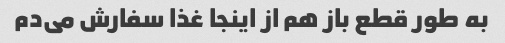
به طور قطع باز هم از اینجا غذا سفارش می‌دم